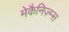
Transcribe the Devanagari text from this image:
मेकैनिज़्म्स